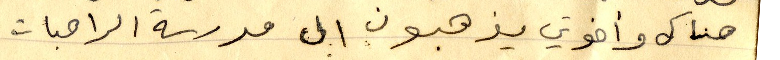
هناك وأخوتي يذهبون الى مدرسة الراهبات